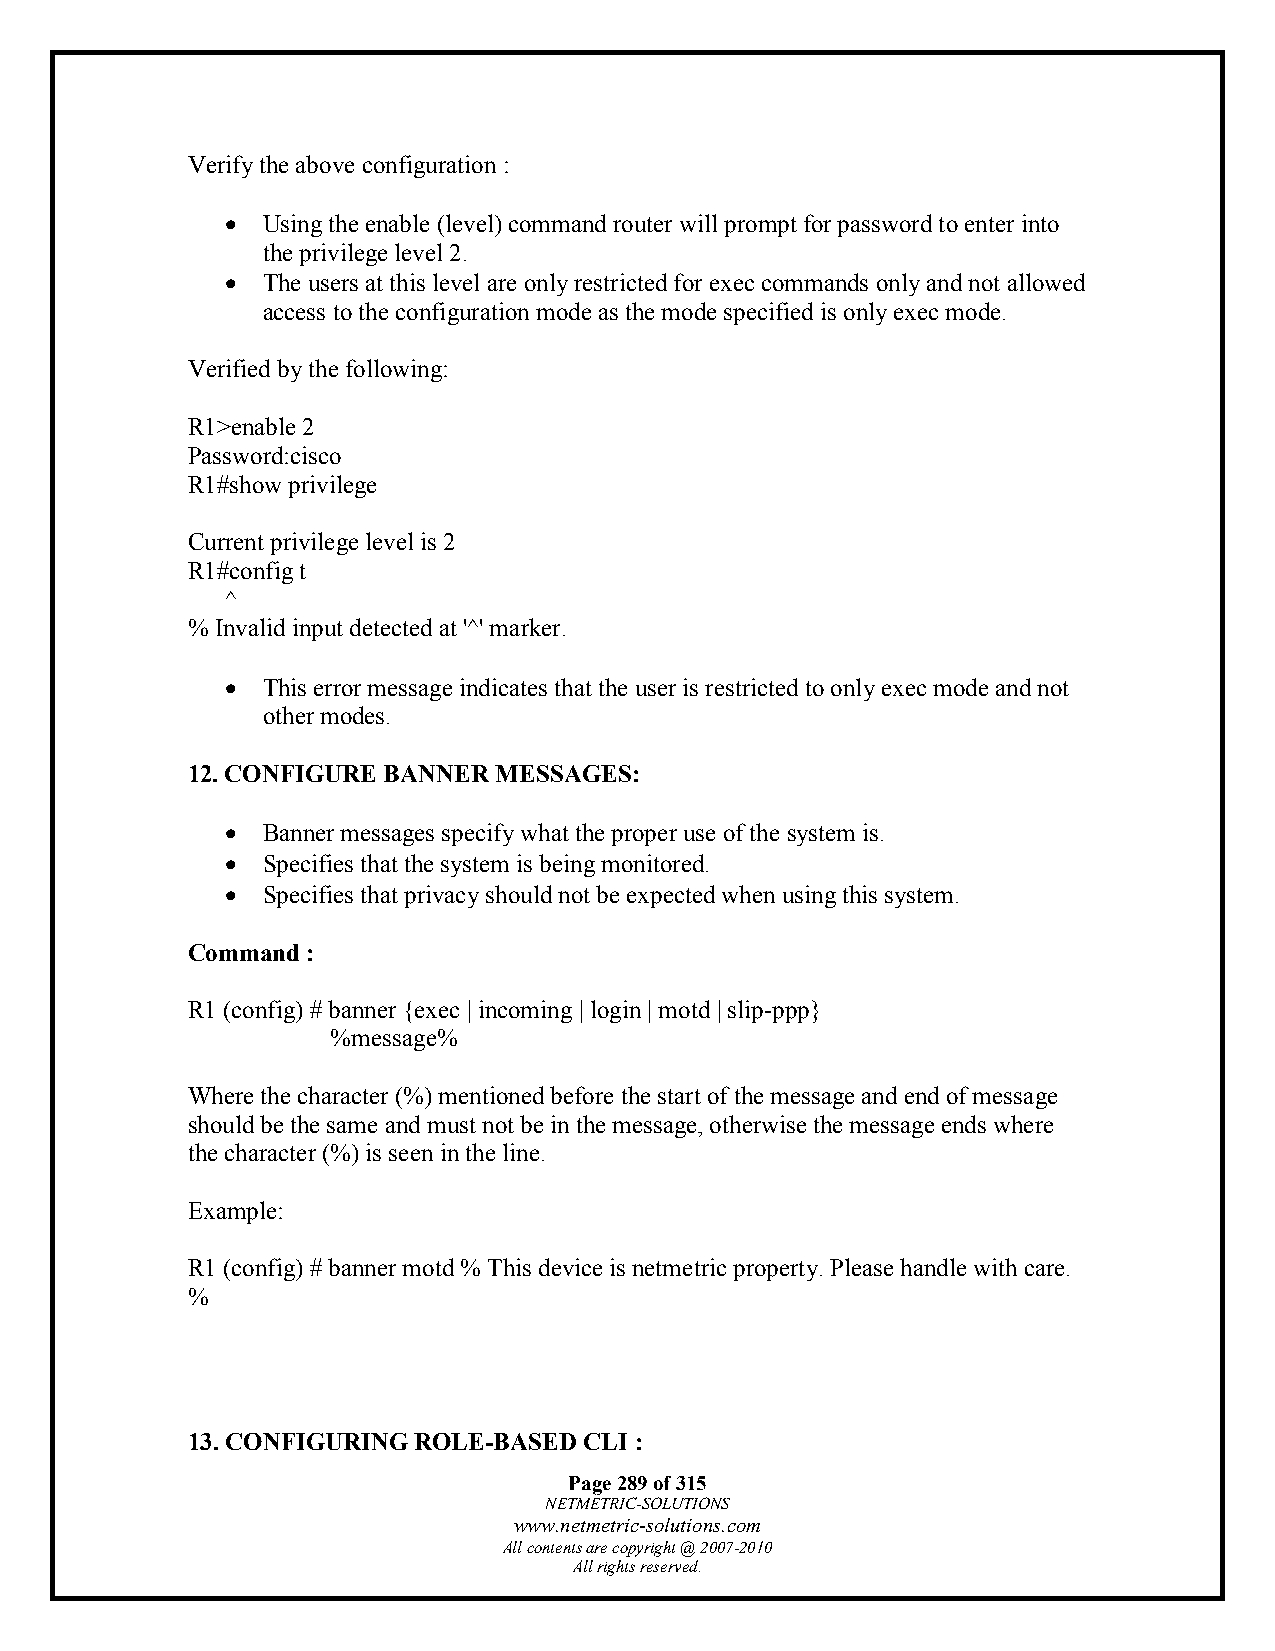
Verify the above configuration :
 • Using the enable (level) command router will prompt for password to enter into
 the privilege level 2.
 • The users at this level are only restricted for exec commands only and not allowed
 access to the configuration mode as the mode specified is only exec mode.
 Verified by the following:
 R1>enable 2
 Password:cisco
 R1#show privilege
 Current privilege level is 2
 R1#config t
 ^
 % Invalid input detected at '^' marker.
 • This error message indicates that the user is restricted to only exec mode and not
 other modes.
 12. CONFIGURE BANNER MESSAGES:
 • Banner messages specify what the proper use of the system is.
 • Specifies that the system is being monitored.
 • Specifies that privacy should not be expected when using this system.
 Command :
 R1 (config) # banner {exec | incoming | login | motd | slip-ppp}
 %message%
 Where the character (%) mentioned before the start of the message and end of message
 should be the same and must not be in the message, otherwise the message ends where
 the character (%) is seen in the line.
 Example:
 R1 (config) # banner motd % This device is netmetric property. Please handle with care.
 %
 13. CONFIGURING ROLE-BASED CLI :
 Page 289 of 315
 NETMETRIC-SOLUTIONS
 www.netmetric-solutions.com
 All contents are copyright @ 2007-2010
 All rights reserved.